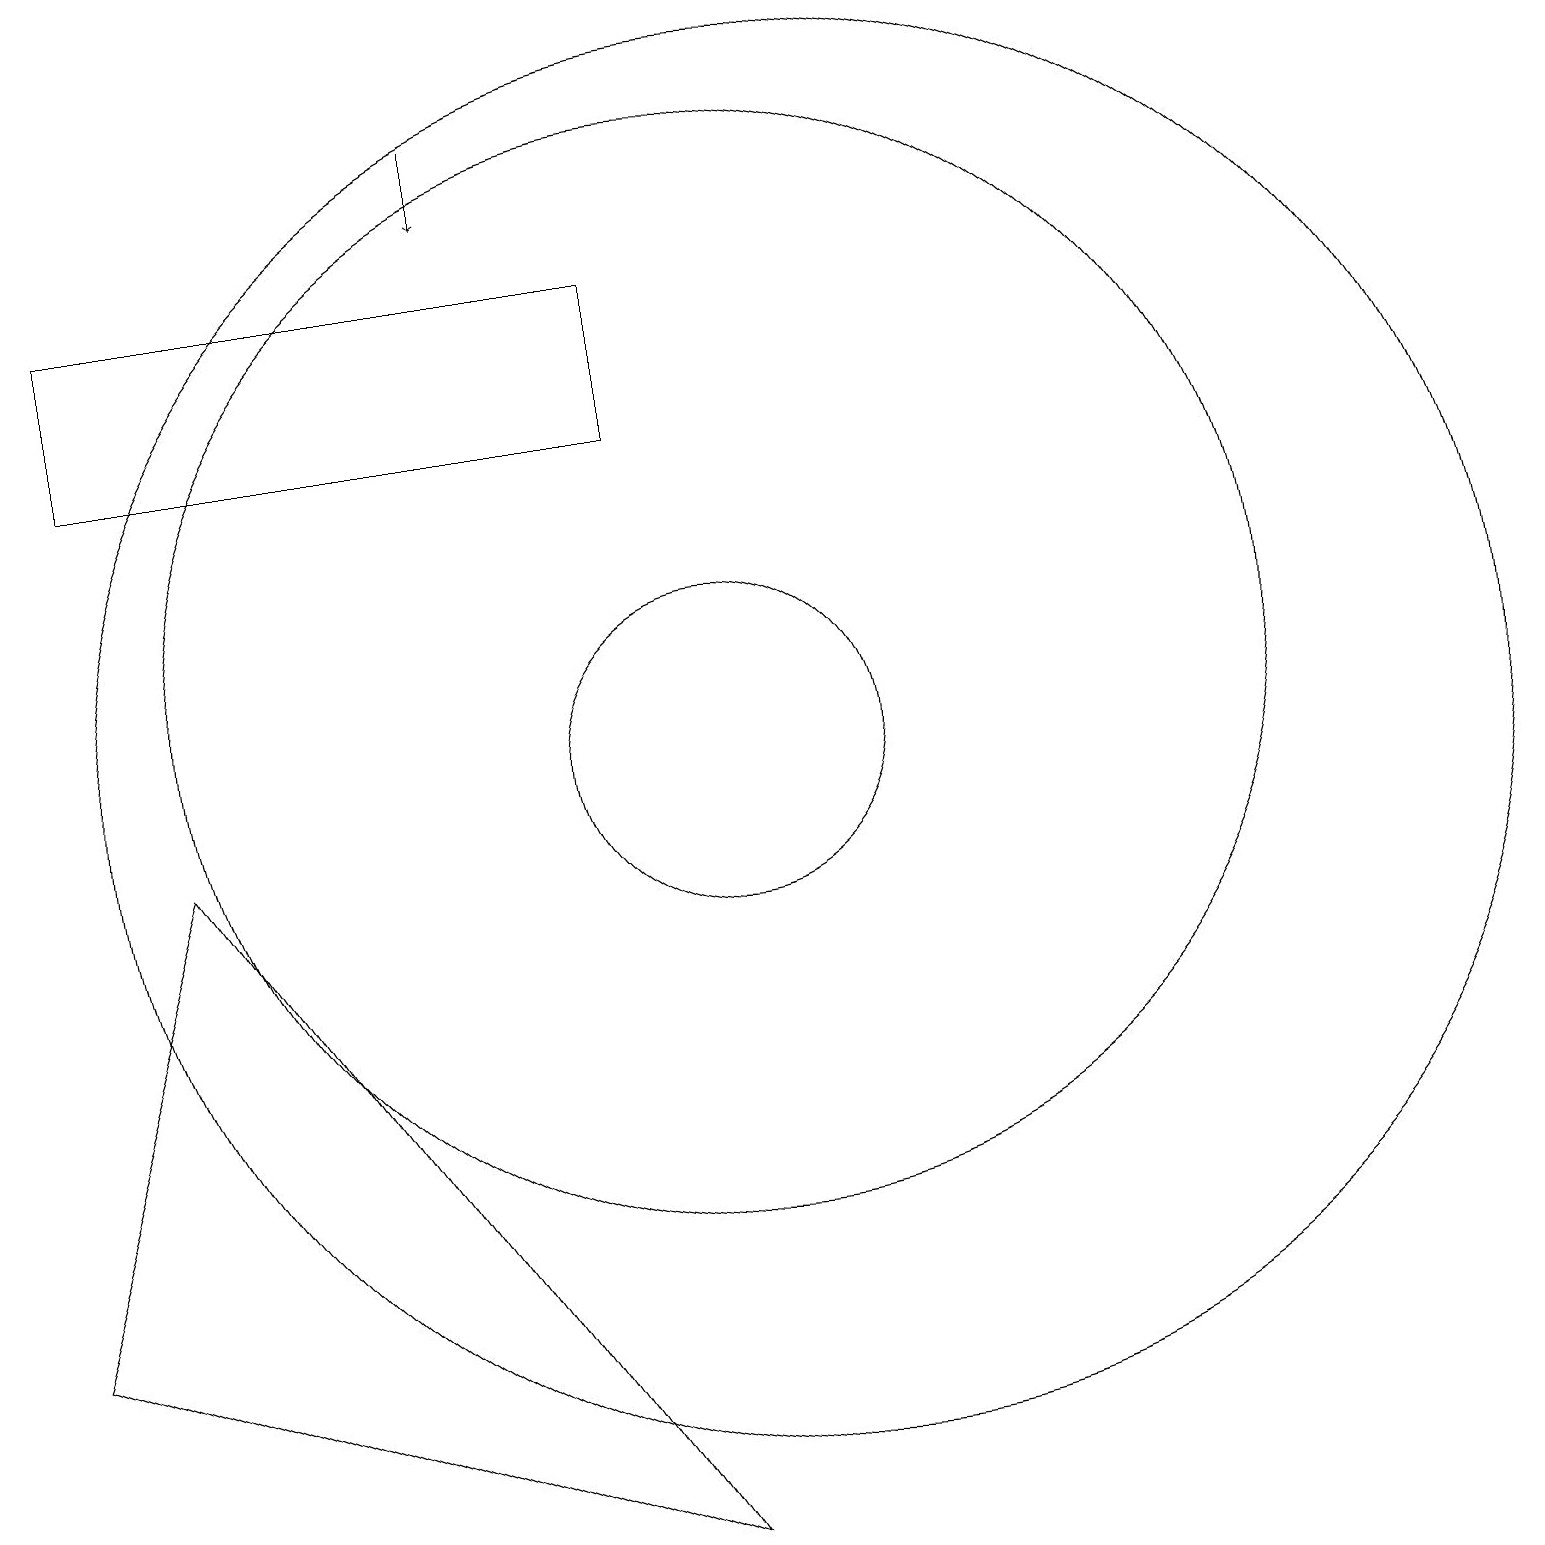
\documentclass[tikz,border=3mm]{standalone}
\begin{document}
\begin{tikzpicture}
\draw (10,10) circle (2);
\draw (9,0) -- (3,9) -- (1,3) -- cycle;
\draw (10,11) circle (7);
\draw (11,10) circle (9);
\draw[->] (7,18) -- (7,17);
\draw (2,16) rectangle (9,14);
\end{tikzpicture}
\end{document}